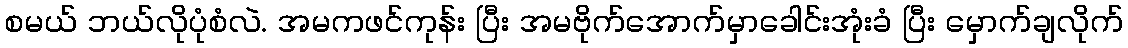
စမယ် ဘယ်လိုပုံစံလဲ. အမကဖင်ကုန်း ပြီး အမဗိုက်အောက်မှာခေါင်းအုံးခံ ပြီး မှောက်ချလိုက်